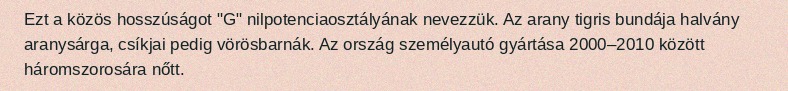
Ezt a közös hosszúságot "G" nilpotenciaosztályának nevezzük. Az arany tigris bundája halvány aranysárga, csíkjai pedig vörösbarnák. Az ország személyautó gyártása 2000–2010 között háromszorosára nőtt.